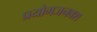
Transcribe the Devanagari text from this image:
प्रयोगजनवश